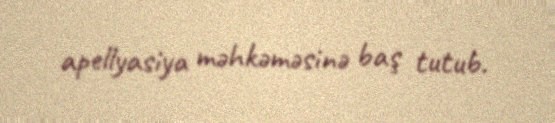
apellyasiya məhkəməsinə baş tutub.